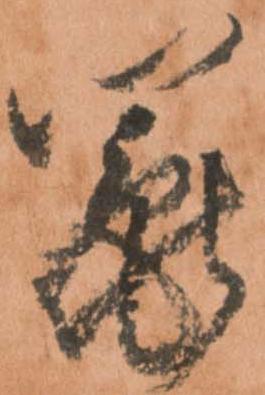
鬮